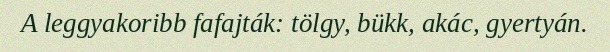
A leggyakoribb fafajták: tölgy, bükk, akác, gyertyán.